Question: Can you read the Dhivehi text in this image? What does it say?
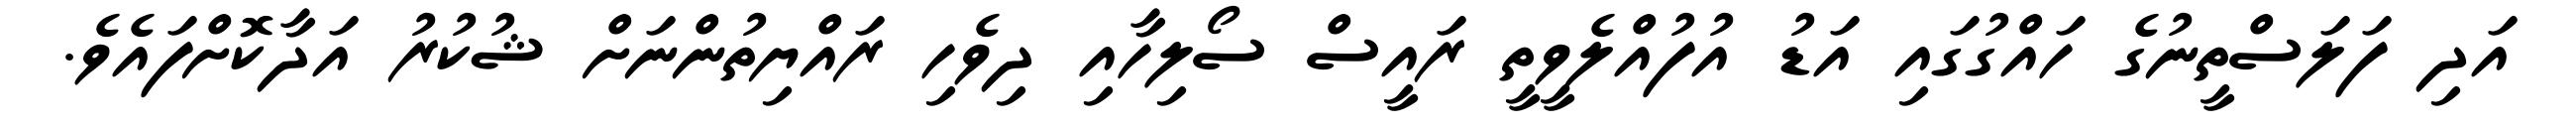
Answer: އަދި ފަލަސްތީނުގެ ހައްގުގައި އަޑު އުފުއްލެވީތީ ރައީސް ސޯލިހާއި ދިވެހި ރައްޔިތުންނަށް ޝުކުރު އަދާކޮށްފައެވެ.